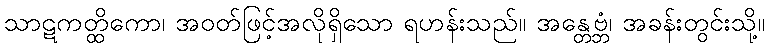
သာဋကတ္ထိကော၊ အဝတ်ဖြင့်အလိုရှိသော ရဟန်းသည်။ အန္တေဗ္ဘံ၊ အခန်းတွင်းသို့။